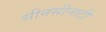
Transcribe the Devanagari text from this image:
सीनसीनाटी